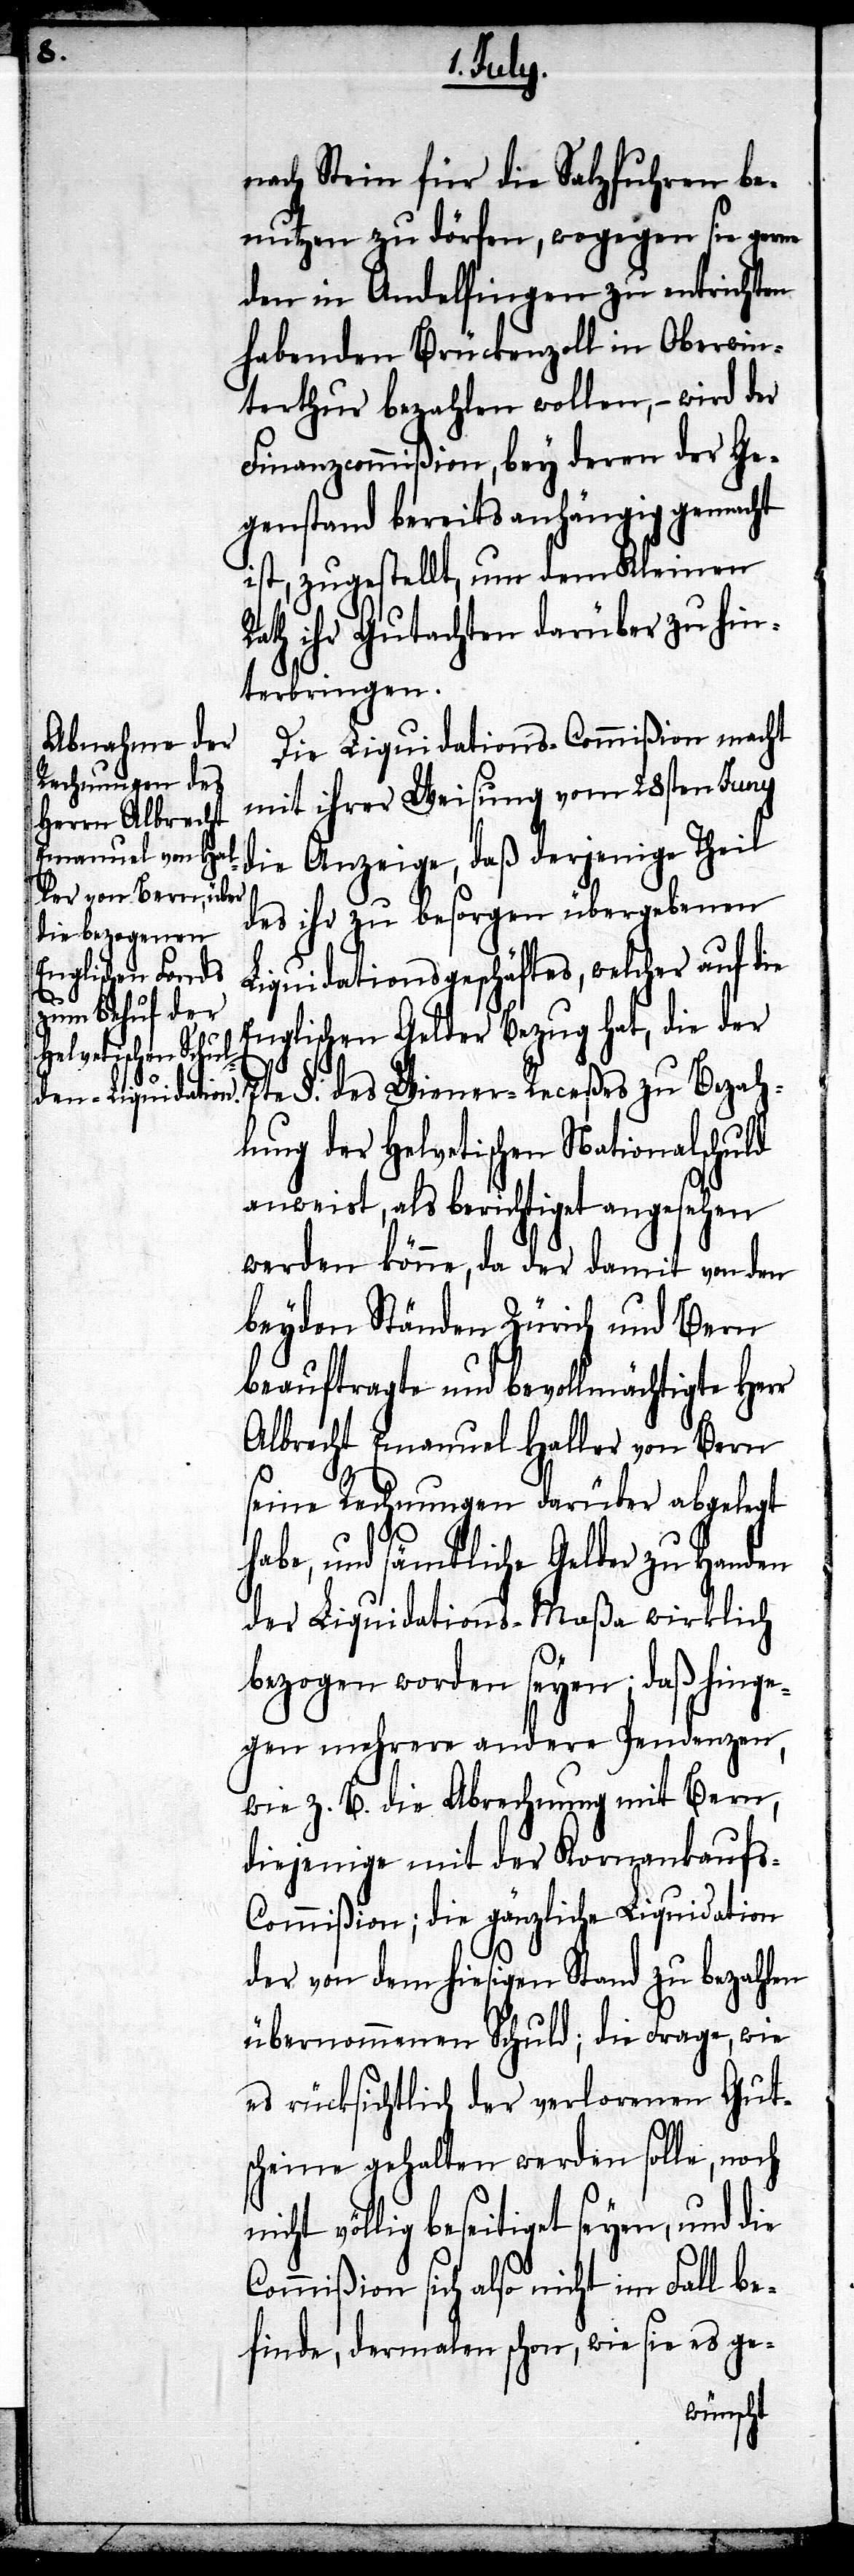
nach Stein für die Salzfuhren be¬
nutzen zu dörfen, wogegen sie gerne
den in Andelfingen zu entrichten
habenden Brückenzoll in Oberwin¬
terthur bezahlen wollen, – wird der
Finanzcommißion, bey deren der Ge¬
genstand bereits anhängig gemacht
ist, zugestellt, um dem Kleinen
Rath ihr Gutachten darüber zu hin¬
terbringen.
Die Liquidations-Commißion macht
mit ihrer Weisung vom 28sten Juny
die Anzeige, daß derjenige Theil
des ihr zu besorgen übergebenen
Liquidationsgeschäftes, welcher auf die
Englischen Gelder Bezug hat, die der
7te §. des Wiener-Receßes zu Bezah¬
lung der Helvetischen Nationalschuld
anweist, als berichtiget angesehen
werden könne, da der damit von den
beyden Ständen Zürich und Bern
beauftragte und bevollmächtigte Herr
Albrecht Emanuel Haller von Bern
seine Rechnungen darüber abgelegt
habe, und sämtliche Gelder zu Handen
der Liquidations-Maßa wirklich
bezogen worden seyen; daß hinge¬
gen mehrere andere Pendenzen,
wie z. B. die Abrechnung mit Bern,
diejenige mit der Kornankaufs-C¬
ommißion; die gänzliche Liquidation
der von dem hiesigen Stand zu bezahlen
übernommenen Schuld; die Frage, wie
es rücksichtlich der verlorenen Gut¬
scheine gehalten werden solle, noch
nicht völlig beseitiget seyen, und die
Commißion sich also nicht im Fall be¬
finde, dermalen schon, wie sie es ge-